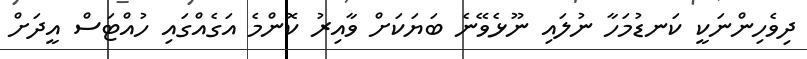
ދިވެހިންނަކީ ކަނޑުމަހާ ނުލައި ނޫޅެވޭނެ ބަޔަކަށް ވާއިރު ކޮންމެ އަގެއްގައި ހުއްޓަސް އީދަށް